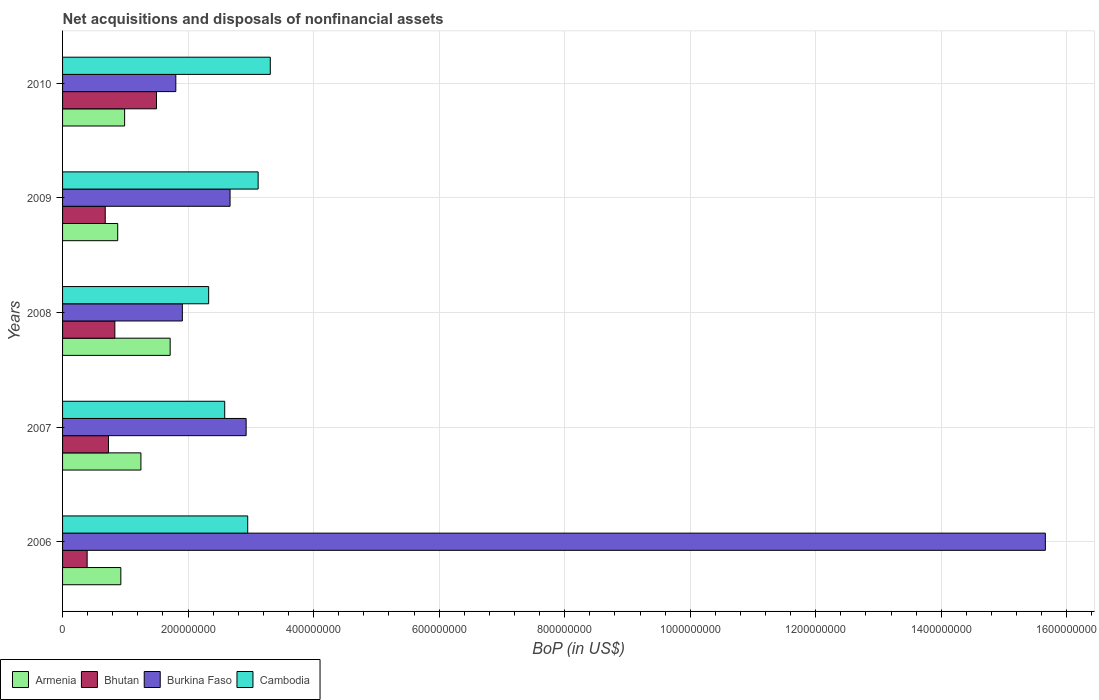
| Years | Armenia | Bhutan | Burkina Faso | Cambodia |
 | --- | --- | --- | --- | --- |
 | 2006 | 9.28e+07 | 3.91e+07 | 1.57e+09 | 2.95e+08 |
 | 2007 | 1.25e+08 | 7.31e+07 | 2.92e+08 | 2.58e+08 |
 | 2008 | 1.71e+08 | 8.33e+07 | 1.91e+08 | 2.33e+08 |
 | 2009 | 8.79e+07 | 6.8e+07 | 2.67e+08 | 3.12e+08 |
 | 2010 | 9.89e+07 | 1.5e+08 | 1.8e+08 | 3.31e+08 |